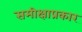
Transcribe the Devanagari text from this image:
समीक्षाप्रकार